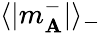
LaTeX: \langle|m_{\mathbf{A}}^{-}|\rangle_{-}